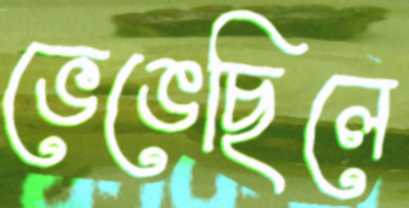
ভেঙেছিলে